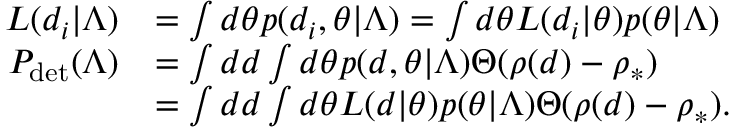
\begin{array} { r l } { { \cal L } ( d _ { i } | \Lambda ) } & { = \int d \theta p ( d _ { i } , \theta | \Lambda ) = \int d \theta { \cal L } ( d _ { i } | \theta ) p ( \theta | \Lambda ) } \\ { P _ { \mathrm { d e t } } ( \Lambda ) } & { = \int d d \int d \theta p ( d , \theta | \Lambda ) \Theta ( \rho ( d ) - \rho _ { * } ) } \\ & { = \int d d \int d \theta { \cal L } ( d | \theta ) p ( \theta | \Lambda ) \Theta ( \rho ( d ) - \rho _ { * } ) . } \end{array}